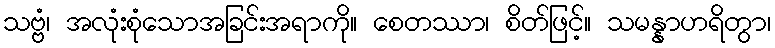
သဗ္ဗံ၊ အလုံးစုံသောအခြင်းအရာကို။ စေတဿာ၊ စိတ်ဖြင့်။ သမန္နာဟရိတွာ၊